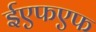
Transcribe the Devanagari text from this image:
ईएफएफ